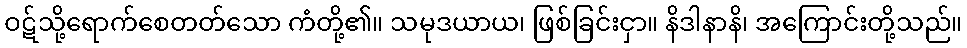
ဝဋ်သို့ရောက်စေတတ်သော ကံတို့၏။ သမုဒယာယ၊ ဖြစ်ခြင်းငှာ။ နိဒါနာနိ၊ အကြောင်းတို့သည်။